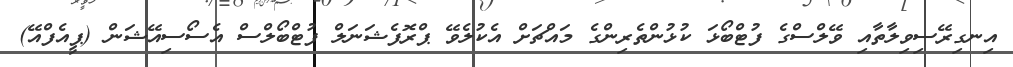
އިނގިރޭސިވިލާތާއި ވޭލްސްގެ ފުޓްބޯޅަ ކުޅުންތެރިންގެ މައްޗަށް އެކުލެވޭ ޕްރޮފެޝަނަލް ފުޓްބޯލްސް އެސޯސިއޭޝަން (ޕީއެފްއޭ)